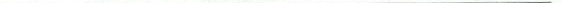
___